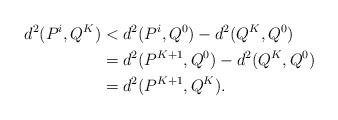
LaTeX: \begin{align*}d^2(P^i,Q^K)&<d^2(P^i,Q^0)-d^2(Q^K,Q^0)\\&=d^2(P^{K+1},Q^0)-d^2(Q^K,Q^0)\\&=d^2(P^{K+1},Q^K).\end{align*}